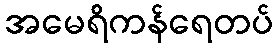
အမေရိကန်ရေတပ်